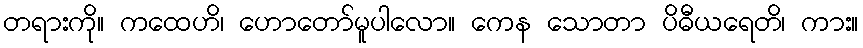
တရားကို။ ကထေဟိ၊ ဟောတော်မူပါလော။ ကေန သောတာ ပိဓီယရေတိ၊ ကား။